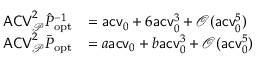
\begin{array} { r l } { \mathsf { A C V } _ { \mathcal P } ^ { 2 } \hat { P } _ { \mathrm { o p t } } ^ { - 1 } } & { = \mathsf { a c v } _ { 0 } + 6 \mathsf { a c v } _ { 0 } ^ { 3 } + \mathcal O ( \mathsf { a c v } _ { 0 } ^ { 5 } ) } \\ { \mathsf { A C V } _ { \mathcal P } ^ { 2 } \bar { P } _ { \mathrm { o p t } } } & { = a \mathsf { a c v } _ { 0 } + b \mathsf { a c v } _ { 0 } ^ { 3 } + \mathcal O ( \mathsf { a c v } _ { 0 } ^ { 5 } ) } \end{array}